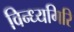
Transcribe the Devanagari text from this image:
विन्ध्यगिरि